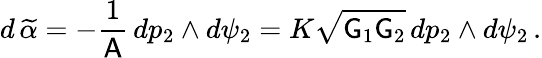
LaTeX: d\, \widetilde{\alpha}=-\frac{1}{\mathsf{A}}\, dp_{2}\wedge d\psi_{2}=K\sqrt{\mathsf{G}_{1}\mathsf{G}_{2}}\, dp_{2}\wedge d\psi_{2}\, .